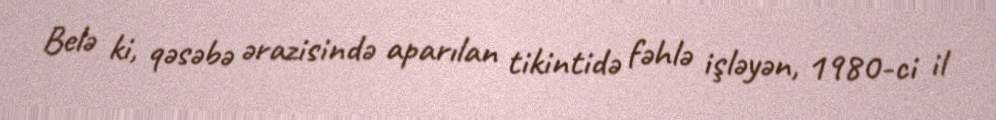
Belə ki, qəsəbə ərazisində aparılan tikintidə fəhlə işləyən, 1980-ci il